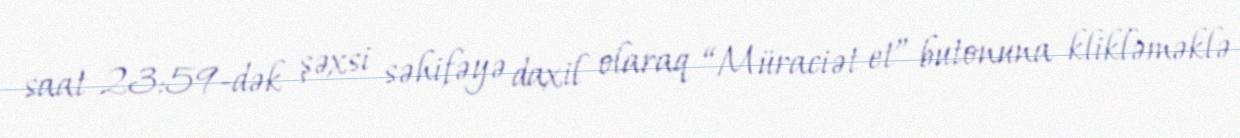
saat 23:59-dək şəxsi səhifəyə daxil olaraq “Müraciət et” butonuna klikləməklə